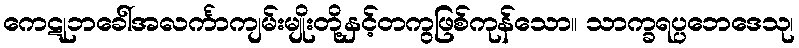
ကေဋုဘခေါ်အလင်္ကာကျမ်းမျိုးတို့နှင့်တကွဖြစ်ကုန်သော။ သာက္ခရပ္ပဘေဒေသု၊